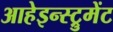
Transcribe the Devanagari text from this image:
आहेइन्स्ट्रुमेंट